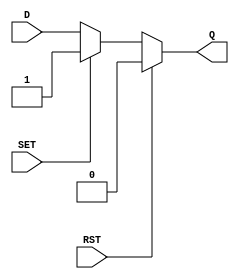
module asynchronous_register (
    input wire D,       // Data Input
    input wire SET,     // Asynchronous Set
    input wire RST,     // Asynchronous Reset
    output reg Q        // Data Output
);

// Always block to handle asynchronous behavior
always @(*) begin
    if (RST) begin
        Q <= 1'b0;    // Reset Q to 0 when RST is high
    end else if (SET) begin
        Q <= 1'b1;    // Set Q to 1 when SET is high
    end else begin
        Q <= D;       // Capture D when both SET and RST are low
    end
end

endmodule